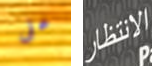
على الانتظار